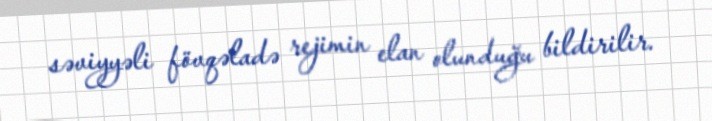
səviyyəli fövqəladə rejimin elan olunduğu bildirilir.